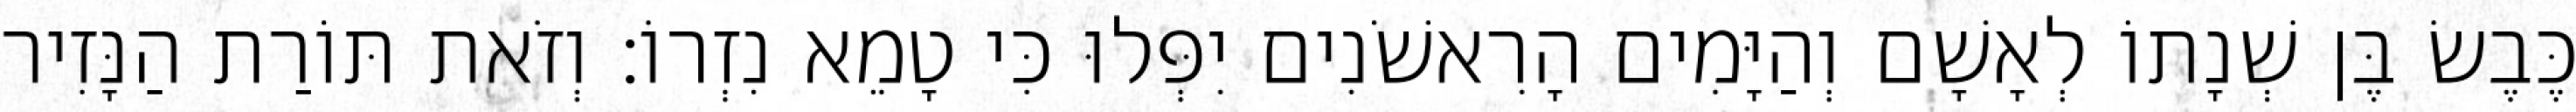
כֶּבֶשׂ בֶּן שְׁנָתוֹ לְאָשָׁם וְהַיָּמִים הָרִאשֹׁנִים יִפְּלוּ כִּי טָמֵא נִזְרוֹ׃ וְזֹאת תּוֹרַת הַנָּזִיר